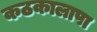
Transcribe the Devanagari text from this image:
कठकालापा